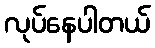
လုပ်နေပါတယ်